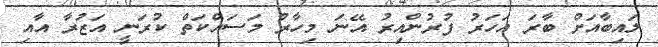
ލައިބާއަށް ބާރަ އަހަރު ފުރުންއިރު އޭނަ މިހާރު މަސައްކަތް ކުރަނީ އަޒުރާ އާއި